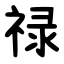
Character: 禄